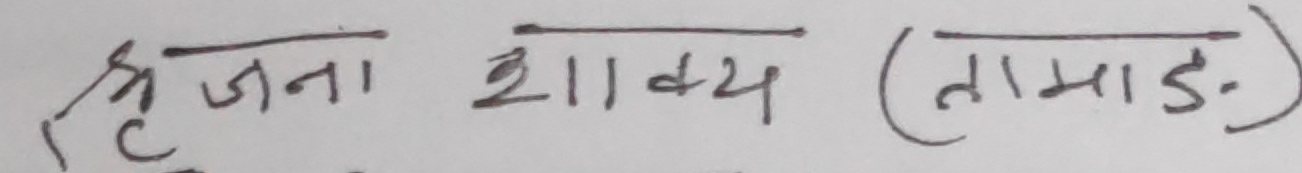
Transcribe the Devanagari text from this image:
सृजना शाक्य (तामाङ)